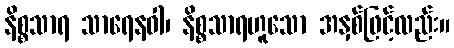
နိစ္စသာရ သာရေနဝါ၊ နိစ္စသာရဟူသော အနှစ်ဖြင့်လည်း။